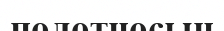
полотносын